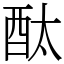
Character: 酞